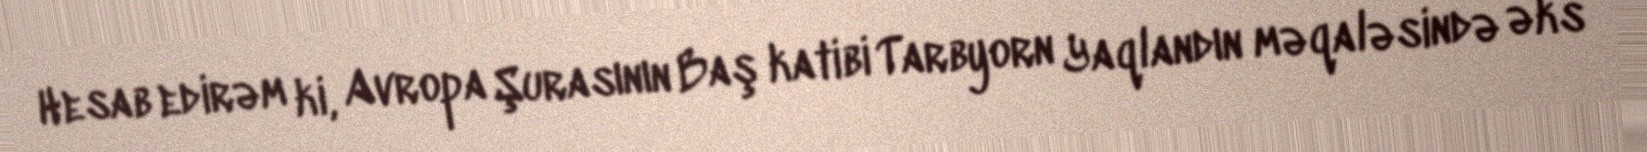
Hesab edirəm ki, Avropa Şurasının Baş katibi Tarbyorn Yaqlandın məqaləsində əks